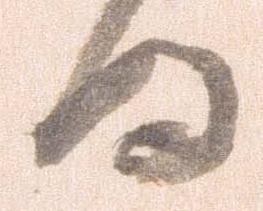
日